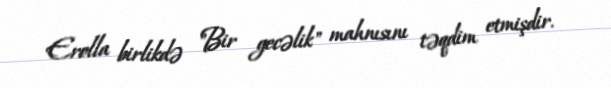
Erolla birlikdə "Bir gecəlik" mahnısını təqdim etmişdir.